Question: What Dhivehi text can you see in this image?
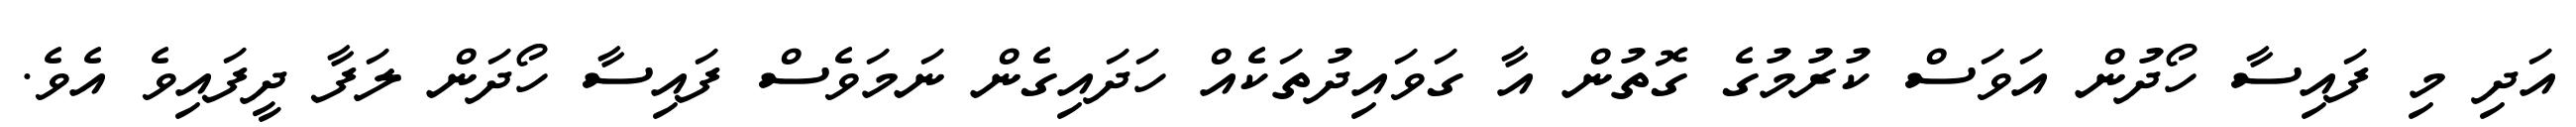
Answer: އަދި މި ފައިސާ ހޯދުން އަވަސް ކުރުމުގެ ގޮތުން އާ ގަވައިދުތަކެއް ހަދައިގެން ނަމަވެސް ފައިސާ ހޯދަން ލަފާ ދީފައިވެ އެވެ.